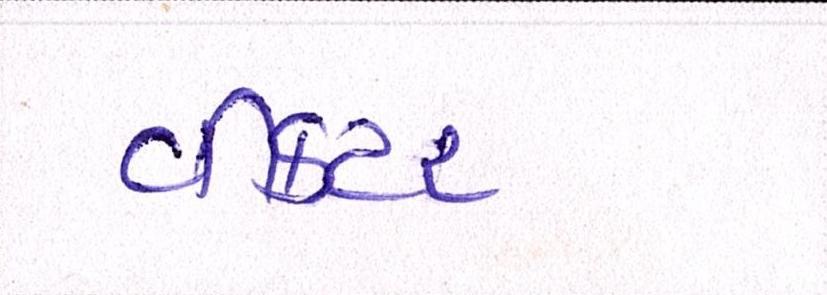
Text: વીકટર